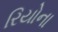
રિયોના